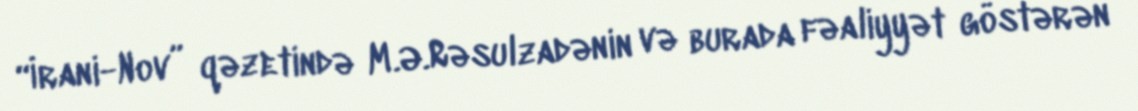
“İrani-Nov” qəzetində M.Ə.Rəsulzadənin və burada fəaliyyət göstərən